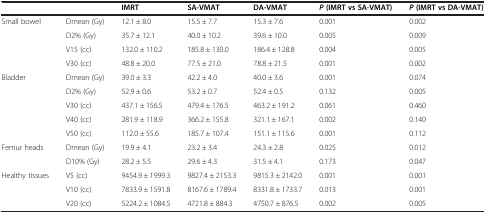
<table><thead><tr><td></td><td></td><td><b>IMRT</b></td><td><b>SA-VMAT</b></td><td><b>DA-VMAT</b></td><td><b><i>P</i>(IMRT vs SA-VMAT)</b></td><td><b><i>P</i>(IMRT vs DA-VMAT)</b></td></tr></thead><tbody><tr><td>Small bowel</td><td>Dmean (Gy)</td><td>12.1 ± 8.0</td><td>15.5 ± 7.7</td><td>15.3 ± 7.6</td><td>0.001</td><td>0.002</td></tr><tr><td></td><td>D2% (Gy)</td><td>35.7 ± 12.1</td><td>40.0 ± 10.2</td><td>39.6 ± 10.0</td><td>0.005</td><td>0.009</td></tr><tr><td></td><td>V15 (cc)</td><td>132.0 ± 110.2</td><td>185.8 ± 130.0</td><td>186.4 ± 128.8</td><td>0.004</td><td>0.005</td></tr><tr><td></td><td>V30 (cc)</td><td>48.8 ± 20.0</td><td>77.5 ± 21.0</td><td>78.8 ± 21.5</td><td>0.001</td><td>0.002</td></tr><tr><td>Bladder</td><td>Dmean (Gy)</td><td>39.0 ± 3.3</td><td>42.2 ± 4.0</td><td>40.0 ± 3.6</td><td>0.001</td><td>0.074</td></tr><tr><td></td><td>D2% (Gy)</td><td>52.9 ± 0.6</td><td>53.2 ± 0.7</td><td>52.4 ± 0.5</td><td>0.132</td><td>0.005</td></tr><tr><td></td><td>V30 (cc)</td><td>437.1 ± 156.5</td><td>479.4 ± 176.5</td><td>463.2 ± 191.2</td><td>0.061</td><td>0.460</td></tr><tr><td></td><td>V40 (cc)</td><td>281.9 ± 118.9</td><td>366.2 ± 155.8</td><td>321.1 ± 167.1</td><td>0.002</td><td>0.140</td></tr><tr><td></td><td>V50 (cc)</td><td>112.0 ± 55.6</td><td>185.7 ± 107.4</td><td>151.1 ± 115.6</td><td>0.001</td><td>0.112</td></tr><tr><td>Femur heads</td><td>Dmean (Gy)</td><td>19.9 ± 4.1</td><td>23.2 ± 3.4</td><td>24.3 ± 2.8</td><td>0.025</td><td>0.012</td></tr><tr><td></td><td>D10% (Gy)</td><td>28.2 ± 5.5</td><td>29.6 ± 4.3</td><td>31.5 ± 4.1</td><td>0.173</td><td>0.047</td></tr><tr><td>Healthy tissues</td><td>V5 (cc)</td><td>9454.9 ± 1999.3</td><td>9827.4 ± 2153.3</td><td>9815.3 ± 2142.0</td><td>0.001</td><td>0.001</td></tr><tr><td></td><td>V10 (cc)</td><td>7833.9 ± 1591.8</td><td>8167.6 ± 1789.4</td><td>8331.8 ± 1733.7</td><td>0.013</td><td>0.001</td></tr><tr><td></td><td>V20 (cc)</td><td>5224.2 ± 1084.5</td><td>4721.8 ± 884.3</td><td>4750.7 ± 876.5</td><td>0.002</td><td>0.005</td></tr></tbody></table>